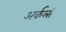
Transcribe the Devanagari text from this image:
अर्कली